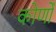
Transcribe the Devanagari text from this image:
कोणोँ